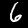
Label: 6